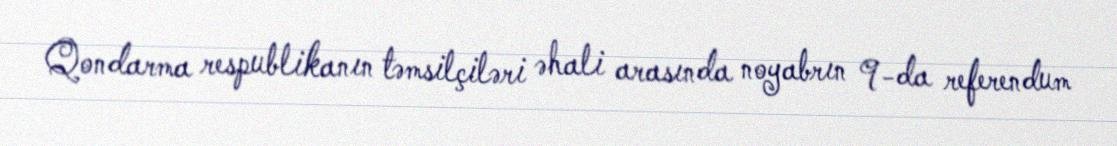
Qondarma respublikanın təmsilçiləri əhali arasında noyabrın 9-da referendum